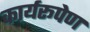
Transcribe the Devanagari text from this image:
कार्यरूपेण